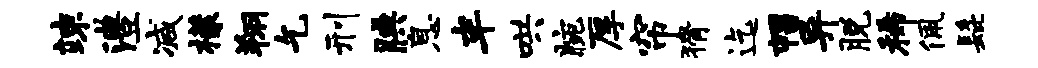
竦澧减檬翔乞刑腆息半哄腕厚帘猾迄帽异脱稀佩髭